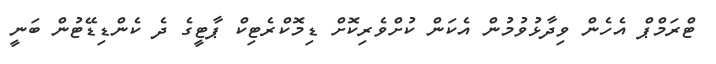
ޓްރަމްޕް އެހެން ވިދާޅުވުމުން އެކަން ކުށްވެރިކޮށް ޑިމޮކްރެޓިކް ޕާޓީގެ ދެ ކެންޑިޑޭޓުން ބަނީ